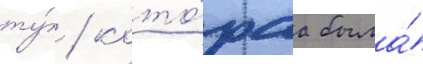
ту́ / кото́раа была́